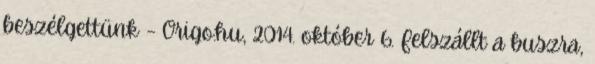
beszélgettünk – Origo.hu, 2014. október 6. Felszállt a buszra,